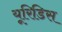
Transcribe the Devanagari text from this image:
यूरिडिस